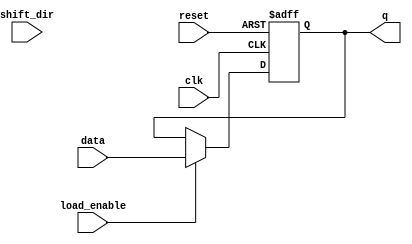
module LogarithmicShiftRegister #(
    parameter WIDTH = 16 // Configurable width (8, 16, 32, etc.)
)(
    input wire clk,              // Clock signal
    input wire reset,            // Reset signal
    input wire load_enable,      // Load enable signal
    input wire shift_dir,        // Shift direction (0 = left, 1 = right)
    input wire [WIDTH-1:0] data, // Data input for parallel load
    output reg [WIDTH-1:0] q     // Shift register output
);

// Logarithmic arithmetic block (example placeholder)
function [WIDTH-1:0] logarithmic_operation(input [WIDTH-1:0] value);
    // Placeholder for logarithmic operation (e.g., log2)
    // This function needs to be defined according to the specific logarithmic operations required.
    logarithmic_operation = value; // No-op for now
endfunction

always @(posedge clk or posedge reset) begin
    if (reset) begin
        q <= 0; // Clear register on reset
    end else if (load_enable) begin
        q <= data; // Load new data
    end else begin
        // Perform shifting
        if (shift_dir == 0) begin // Left shift
            q <= {q[WIDTH-2:0], 1'b0}; // Shift left and insert 0 at LSB
            // Apply logarithmic operation after shifting
            q <= logarithmic_operation(q);
        end else begin // Right shift
            q <= {1'b0, q[WIDTH-1:1]}; // Shift right and insert 0 at MSB
            // Apply logarithmic operation after shifting
            q <= logarithmic_operation(q);
        end
    end
end

endmodule